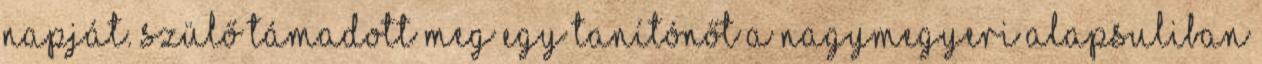
napját. Szülő támadott meg egy tanítónőt a nagymegyeri alapsuliban